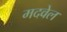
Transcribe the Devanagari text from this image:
मदवेल